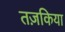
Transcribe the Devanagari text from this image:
तज़किया